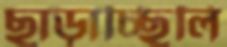
ছাড়াচ্ছিলি